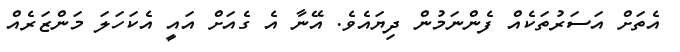
އެތަށް އަސަރުތަކެއް ފެންނަމުން ދިޔައެވެ. އޭނާ އެ ގެއަށް އައީ އެކަހަލަ މަންޒަރެއް